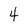
Character: 4